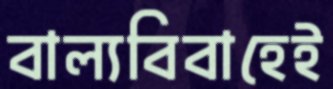
বাল্যবিবাহেই